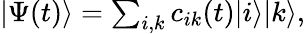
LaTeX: \begin{array}{r}{|\Psi(t)\rangle=\sum_{i,k}c_{ik}(t)|i\rangle|k\rangle,}\end{array}